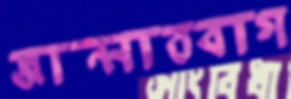
জান্নাতবাগ